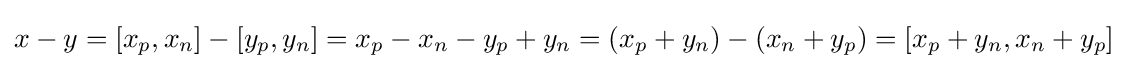
x-y=[x_{p},x_{n}]-[y_{p},y_{n}]=x_{p}-x_{n}-y_{p}+y_{n}=(x_{p}+y_{n})-(x_{n}+y_{p})=[x_{p}+y_{n},x_{n}+y_{p}]